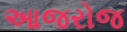
આજરોજ